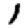
Digit: 1